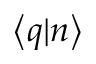
\left\langle q | n \right\rangle